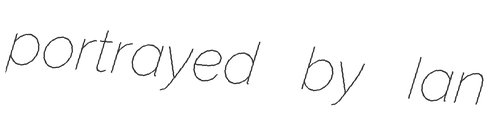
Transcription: portrayed by Ian